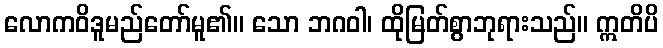
လောကဝိဒူမည်တော်မူ၏။ သော ဘဂဝါ၊ ထိုမြတ်စွာဘုရားသည်။ ဣတိပိ